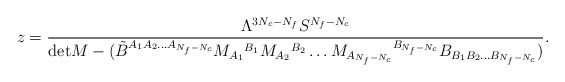
\begin{align*}z=\frac{\Lambda^{3N_c-N_f}S^{N_f-N_c}}{\mbox{det} M - (\tilde B^{A_1 A_2\ldots A_{N_f-N_c}} M_{A_1}{}^{B_1}M_{A_2}{}^{B_2} \ldots M_{A_{N_f-N_c}}{}^{B_{N_f-N_c}}B_{B_1 B_2\ldots B_{N_f-N_c}})}.\end{align*}